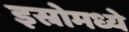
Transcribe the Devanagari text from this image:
इस्रोमध्ये